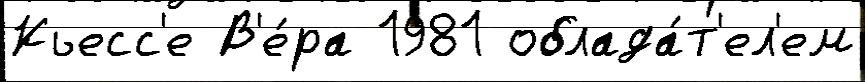
Кьесс'е В'е́ра 1981 облада́т'ел'ем